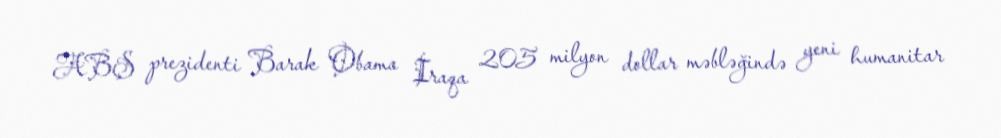
ABŞ prezidenti Barak Obama İraqa 205 milyon dollar məbləğində yeni humanitar